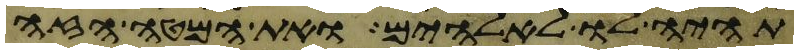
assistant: תהיה לו לאלהים ואת המטה הזה